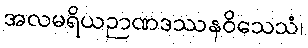
အလမရိယဉာဏဒဿနဝိသေသံ၊